Burma Government Medical School reports 1923-41
Year: 1923
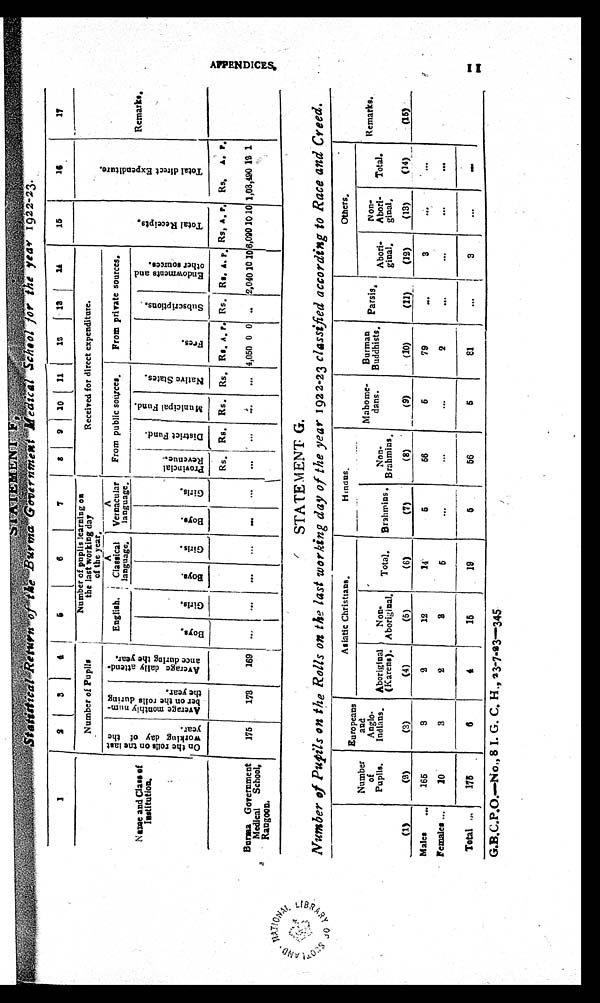
A
S T A T E M E N T S F ,
S t a t i s t i c a l R e t u r n o f t h e B u r m a G o v e r n m e n t M e d i c a l S c h o o l f o r t h e y e a r 1 9 2 2 - 2 3 .
1
2 3
4
5
6
7
8 9
1 0
1 1
12 13 14
1 5
16
1 7
N a m e a n d C l a s s o f
I n s t i t u t i o n .
Number of Pupils
N u m b e r o f p u p l i s l e a r n i n g o n
t h e l a s t w o r k i n g d a y
o f t h e y e a r .
Received for direct expenditure.
T o t a l R e c e i p t s .
T o t a l d i r e c t E x p e n d i t u r e
R e m a r k s .
O n t h e r o l l s o n t h e l a s t
wo r k i n g d a y f o t h e
year.
A v e r a g e m o n t h l y n u m -
b e r o n t h e r o l l s d r i n g
t h e y e a r .
A v e r a g e d a i l y a t t e n d -
a n c e d u r i n g t h e y e a r .
E n g l i s h
A C l a s s i c a l
l a n g u a g e . A V e r n a c u l a r
l a n g u a g e .
F r o m p u b l i c s o u r c e s .
From private sources.
B o y s .
G i r l s . B o y s .
G i r l s .
B o y s .
G i r l s .
P r o v i n c i a l
R e v e n u e .
D i s t r i c t F u n d .
M u n i c i p a l F u n d .
N a t i v e S t a t e s .
F e e s .
S u b s c r i p t i o n s .
E n d o w m e n t s a n d
o t h e r s o u r c e s .
Rs. Rs. Rs. Rs. Rs. A. P Rs. Rs. A . P . Rs. A. P. Rs. A. P.
Burma Government
Medical School,
Rangoon.
175
173
169
4,050 0 0
2,04010 10 6,090 10 1 0
1,03,490 1 2 1
STATEMENT G.
Number of Pupils on the Rolls on the last working day of the year 1922-23 classified according to Race and Creed.
Number
of
Pupils.
Europeans
and
Anglo-
Indians.
Asiatic Christians.
H i n d u s .
Mahome-
dans.
Burman
Buddhists. Parsis.
Others.
Remarks.
Aboriginal
(Karen).
Non-
Aboriginal. T o t a l .
Brahmins.
Non-
Brahmins.
Abori-
ginal.
Non-
Abori-
ginal.
Total.
(1)
(2)
(3)
(4)
(5)
(6)
(7)
(8)
(9)
(10)
(11)
(12)
(13)
(14)
(15)
Male
165
3
2
12
14
5
5 6
5
79
3
Females
10
3
2
3
5
2
Total
175
6
4
15
19
5 56
5
8 1
3
G.B.C.P.O.—N o., 8 I.G.C.H., 23-7-23—345
11